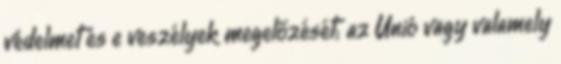
védelmet és e veszélyek megelőzését; az Unió vagy valamely